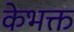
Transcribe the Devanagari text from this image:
केभक्त